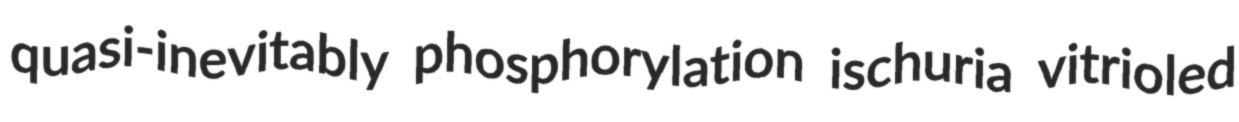
quasi-inevitably phosphorylation ischuria vitrioled